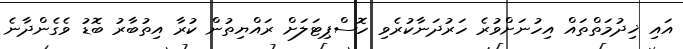
އައި ޚިދުމަތްތައް އިހުނަށްވުރެ ހަރުދަނާކުރެވި ހޮސްޕިޓަލަށް ރައްޔިތުން ކުރާ އިތުބާރު ބޮޑު ވެގެންދާނެ